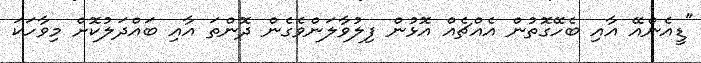
"ޑީއެންއޭ އާއި ބެހޭގޮތުން އެއްޗެއް އޮޅުން ފިލުވާލަންވެގެން ދޮންތަ އާއި ބައްދަލުކޮށް މިވާހަކަ